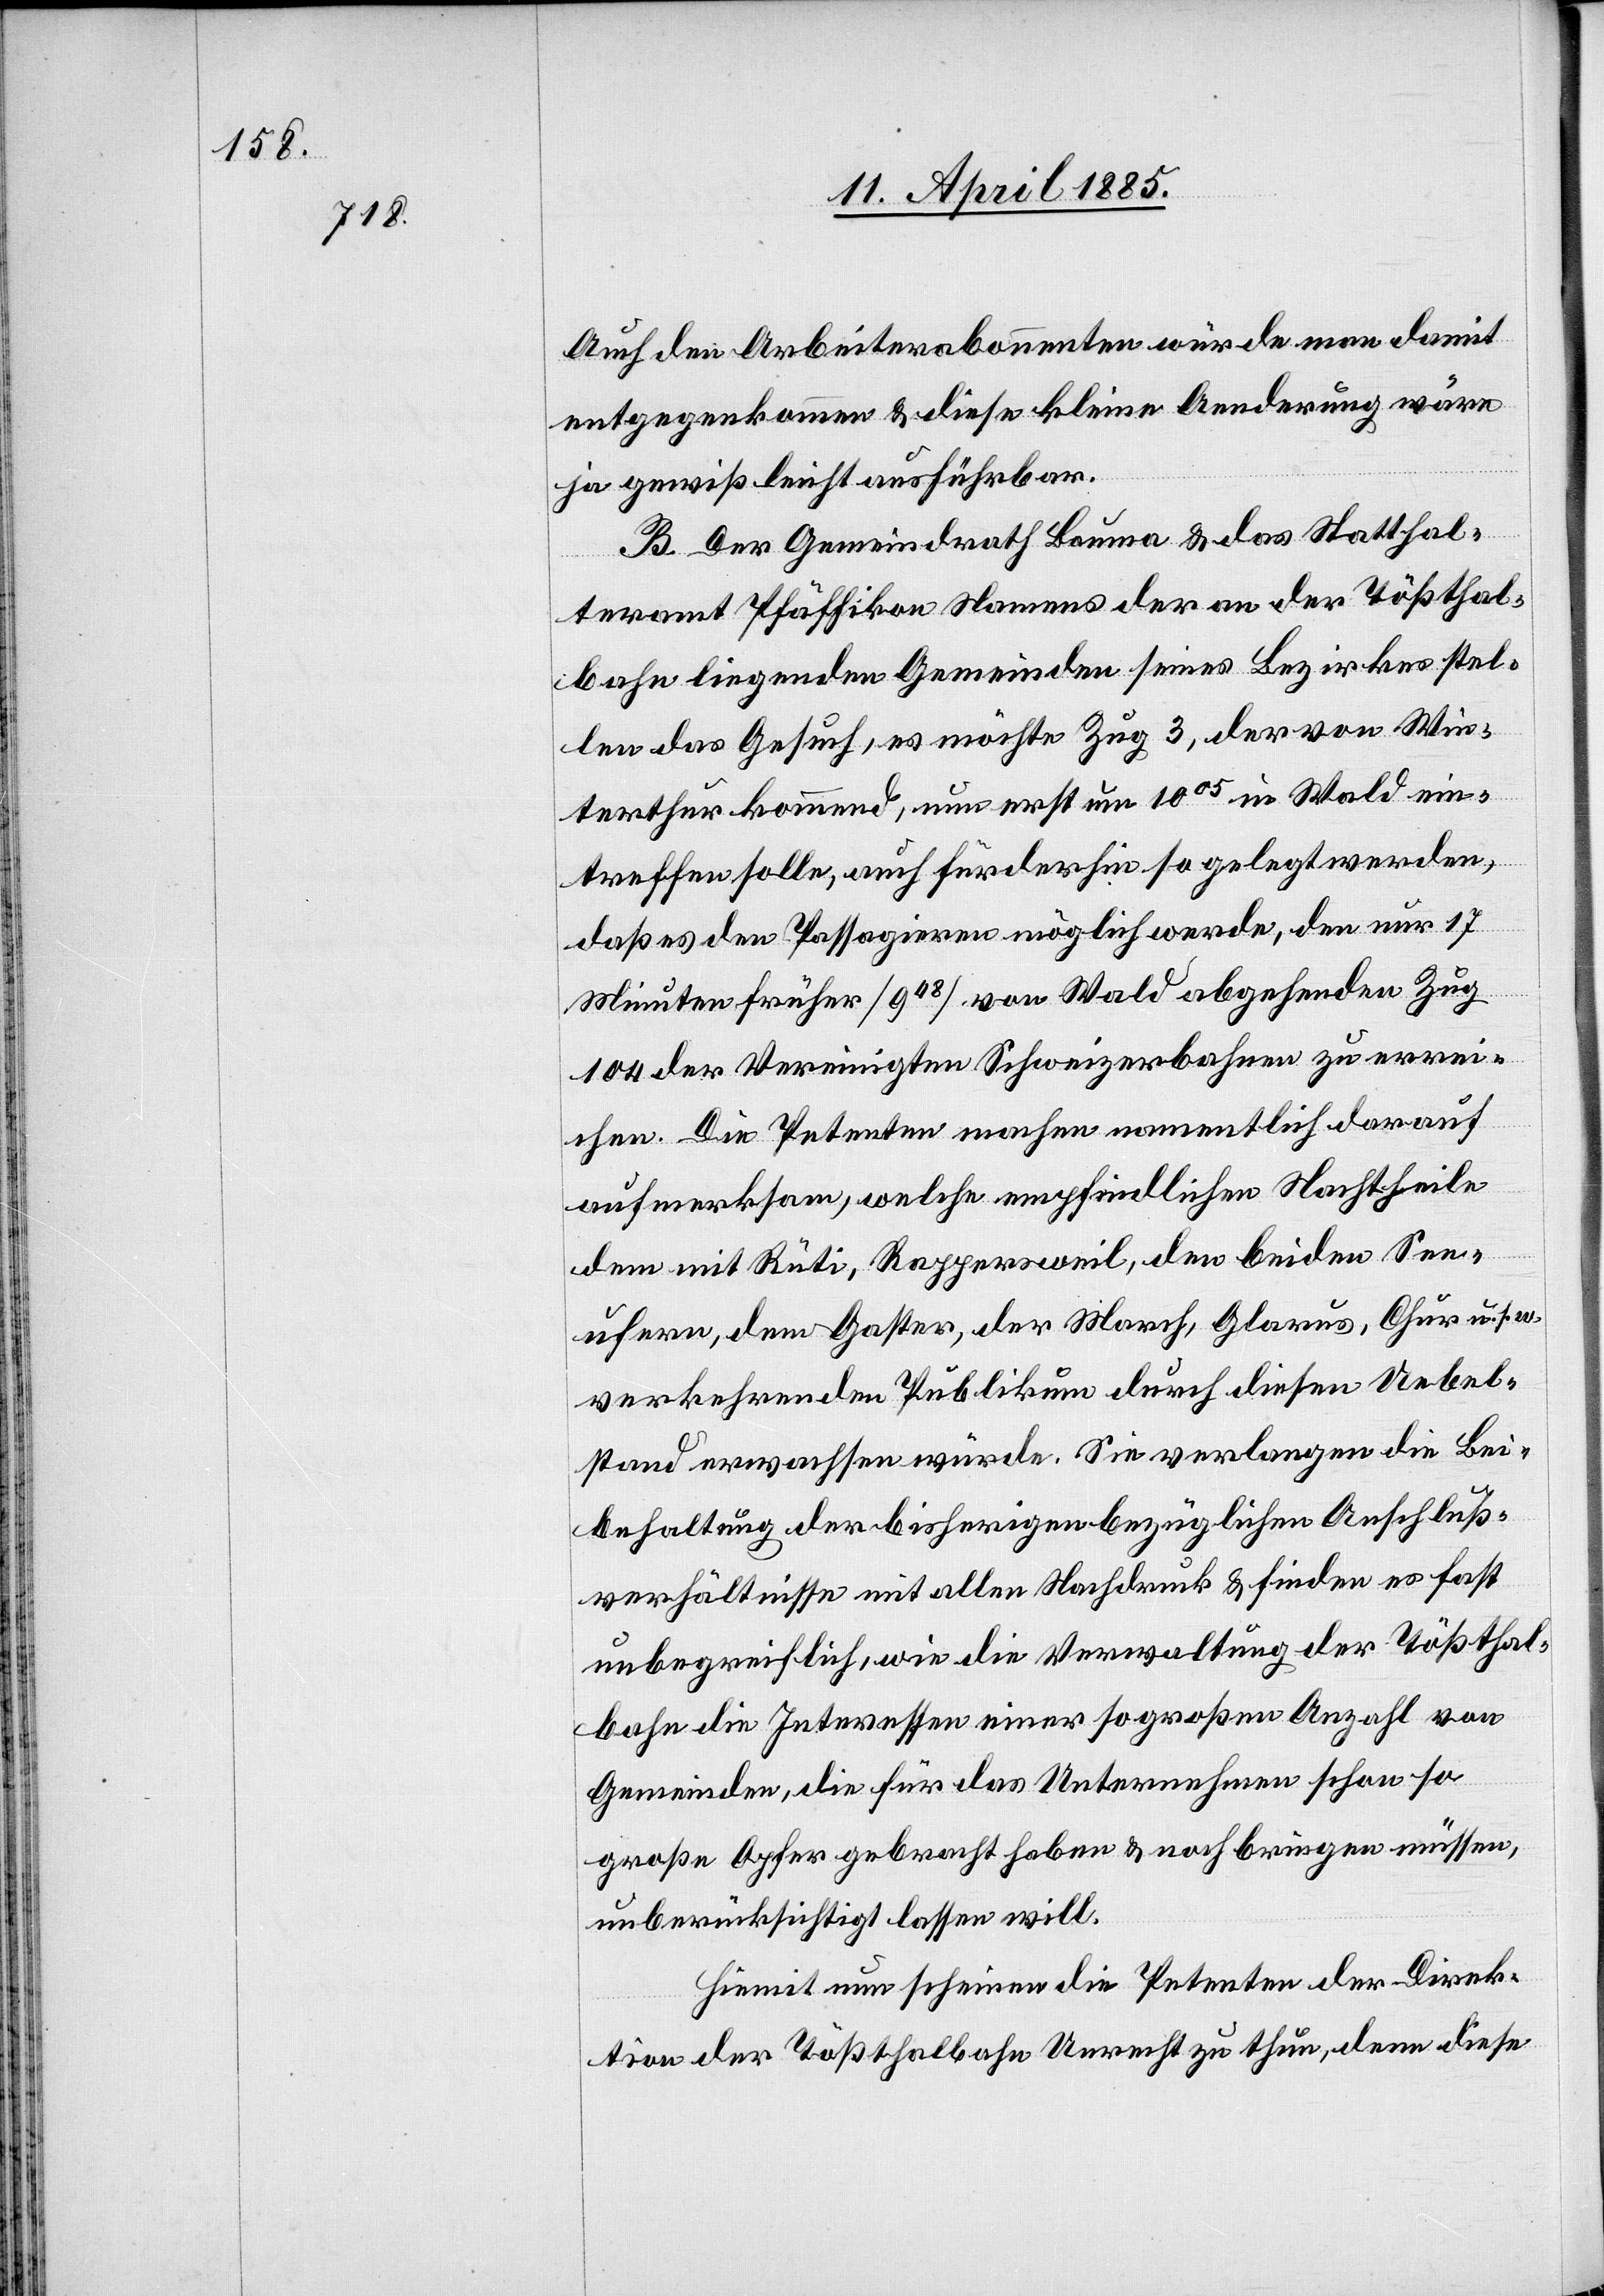
Auch den Arbeiterabonnenten würde damit man damit
entgegenkommen & diese kleine Aenderung wäre
ja gewiss leicht ausführbar.
w.
B. Der Gemeindrath Bauma & das Statthal¬
teramt Pfäffikon Namens der an der Tößthal¬
bahn liegenden Gemeinden seines Bezirkes stel¬
len das Gesuch, es möchte Zug 3, der von Win¬
terthur kommend, nun erst um 1005 in Wald ein¬
treffen solle, auch fürderhin so gelegt werden,
daß es den Passagieren möglich werde, den nur 17
Minuten früher [948] von Wald abgehenden Zug
104 der Vereinigten Schweizerbahnen zu errei¬
chen. Die Petenten machen namentlich darauf
aufmerksam, welche empfindlichen Nachtheile
dem mit Rüti, Rappersweil, den beiden See¬
nufern, dem Gaster, der March, Glarus, Chur u. s.
verkehrenden Publikum durch diesen Uebel¬
stand erwachsen würde. Sie verlangen die Bei¬
behaltung der bisherigen bezüglichen Anschluß¬
verhältnisse mit allen [sic!] Nachdruck & finden es fast
unbegreiflich, wie die Verwaltung der Tößthal¬
bahn die Interessen einer so großen Anzahl von
Gemeinden, die für das Unternehmen schon so
große Opfer gebracht haben & noch bringen müssen,
unberücksichtigt lassen will.
Hiemit nun scheinen die Petenten der Direk¬
tion der Tößthalbahn Unrecht zu thun, denn diese